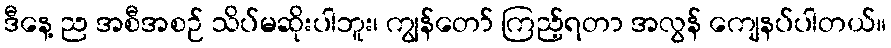
ဒီနေ့ ည အစီအစဉ် သိပ်မဆိုးပါဘူး၊ ကျွန်တော် ကြည့်ရတာ အလွန် ကျေနပ်ပါတယ်။